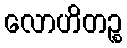
လောဟိတဉ္စ